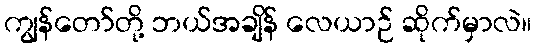
ကျွန်တော်တို့ ဘယ်အချိန် လေယာဉ် ဆိုက်မှာလဲ။